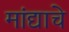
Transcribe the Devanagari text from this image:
मांद्याचे